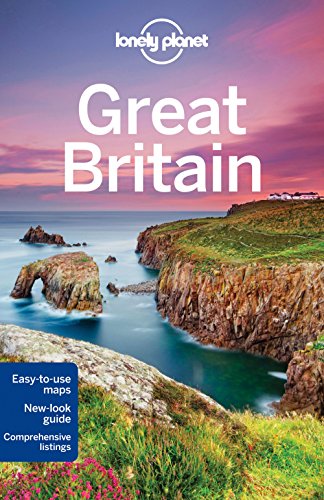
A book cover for Lonely Planet Great Britain (Travel Guide); Lonely Planet; Travel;